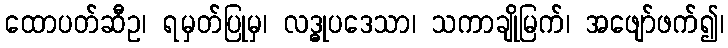
ထောပတ်ဆီဥ၊ ရမှတ်ပြုမှ၊ လဒ္ဓုပဒေသာ၊ သကာချိုမြက်၊ အဖျော်ဖက်၍၊